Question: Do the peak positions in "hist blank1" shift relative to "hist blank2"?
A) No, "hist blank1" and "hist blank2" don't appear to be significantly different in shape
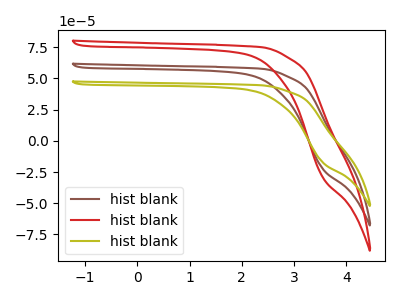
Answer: <think>The brown curve "hist blank1" has no peaks. The red curve "hist blank2" has no peaks. The olive curve "hist blank3" has no peaks.
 Neither "hist blank1" or "hist blank2" have any peaks.</think>
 <answer>A) No, "hist blank1" and "hist blank2" don't appear to be significantly different in shape</answer>
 <eval>A</eval>